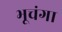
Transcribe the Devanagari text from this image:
भूचंगा